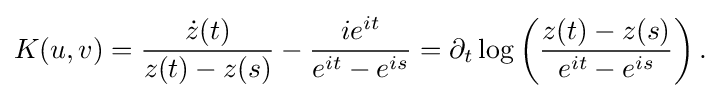
\displaystyle {K(u,v)={{\dot {z}}(t) \over z(t)-z(s)}-{ie^{it} \over e^{it}-e^{is}}=\partial _{t}\log \left({z(t)-z(s) \over e^{it}-e^{is}}\right).}